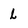
Character: l